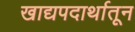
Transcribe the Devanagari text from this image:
खाद्यपदार्थातून